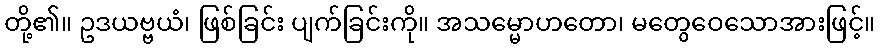
တို့၏။ ဥဒယဗ္ဗယံ၊ ဖြစ်ခြင်း ပျက်ခြင်းကို။ အသမ္မောဟတော၊ မတွေဝေသောအားဖြင့်။